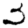
Digit: 3